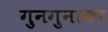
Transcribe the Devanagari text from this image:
गुनगुनाकर